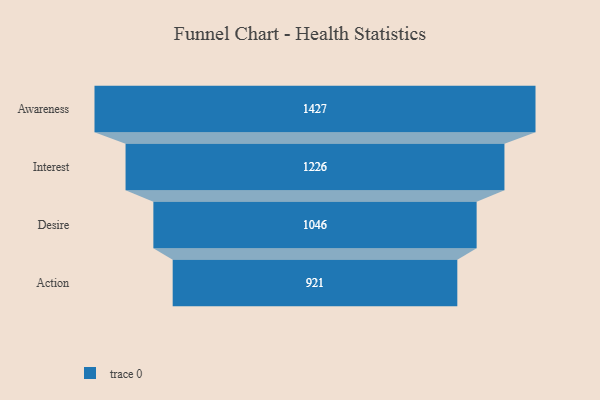
{"axis": {"x": "Stage", "y": "Value"}, "legend": [""], "data": [{"x": "Awareness", "y": 1427.0, "type": ""}, {"x": "Interest", "y": 1226.0, "type": ""}, {"x": "Desire", "y": 1046.0, "type": ""}, {"x": "Action", "y": 921.0, "type": ""}]}